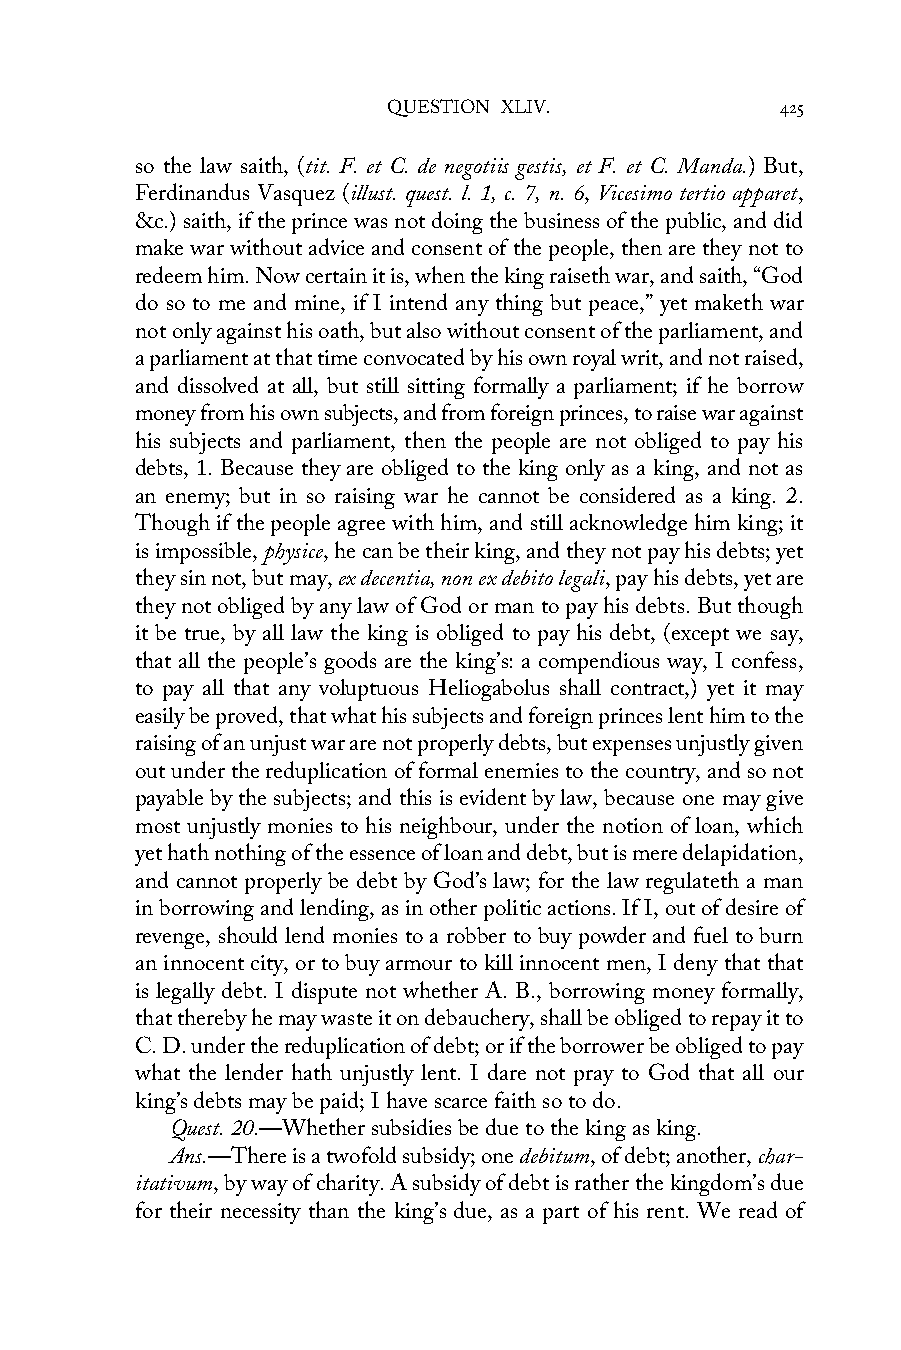
QUESTION XLIV.            425
 so the law saith, (tit. F. et C. de negotiis gestis, et F. et C. Manda.) But,
 Ferdinandus Vasquez (illust. quest. l. 1, c. 7, n. 6, Vicesimo tertio apparet,
 &c.) saith, if the prince was not doing the business of the public, and did
 make war without advice and consent of the people, then are they not to
 redeem him. Now certain it is, when the king raiseth war, and saith, “God
 do so to me and mine, if I intend any thing but peace,” yet maketh war
 not only against his oath, but also without consent of the parliament, and
 a parliament at that time convocated by his own royal writ, and not raised,
 and dissolved at all, but still sitting formally a parliament; if he borrow
 money from his own subjects, and from foreign princes, to raise war against
 his subjects and parliament, then the people are not obliged to pay his
 debts, 1. Because they are obliged to the king only as a king, and not as
 an enemy; but in so raising war he cannot be considered as a king. 2.
 Though if the people agree with him, and still acknowledge him king; it
 is impossible, physice, he can be their king, and they not pay his debts; yet
 they sin not, but may, ex decentia, non ex debito legali, pay his debts, yet are
 they not obliged by any law of God or man to pay his debts. But though
 it be true, by all law the king is obliged to pay his debt, (except we say,
 that all the people’s goods are the king’s: a compendious way, I confess,
 to pay all that any voluptuous Heliogabolus shall contract,) yet it may
 easily be proved, that what his subjects and foreign princes lent him to the
 raising of an unjust war are not properly debts, but expenses unjustly given
 out under the reduplication of formal enemies to the country, and so not
 payable by the subjects; and this is evident by law, because one may give
 most unjustly monies to his neighbour, under the notion of loan, which
 yet hath nothing of the essence of loan and debt, but is mere delapidation,
 and cannot properly be debt by God’s law; for the law regulateth a man
 in borrowing and lending, as in other politic actions. If I, out of desire of
 revenge, should lend monies to a robber to buy powder and fuel to burn
 an innocent city, or to buy armour to kill innocent men, I deny that that
 is legally debt. I dispute not whether A. B., borrowing money formally,
 that thereby he may waste it on debauchery, shall be obliged to repay it to
 C. D. under the reduplication of debt; or if the borrower be obliged to pay
 what the lender hath unjustly lent. I dare not pray to God that all our
 king’s debts may be paid; I have scarce faith so to do.
 Quest. 20.—Whether subsidies be due to the king as king.
 Ans.—There is a twofold subsidy; one debitum, of debt; another, char-
 itativum, by way of charity. A subsidy of debt is rather the kingdom’s due
 for their necessity than the king’s due, as a part of his rent. We read of